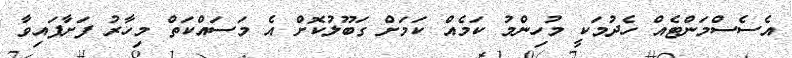
އެސެސްމަންޓެއް ހެދުމަކީ މުހިންމު ކަމެއް ކަމަށް ގަބޫލުކޮށް އެ މަސައްކަތް މިހާރު ފަށާފައިވާ